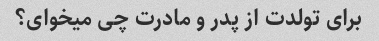
برای تولدت از پدر و مادرت چی میخوای؟